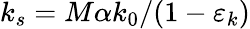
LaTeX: k_{s}=M\alpha k_{0}/(1-\varepsilon_{k})